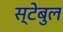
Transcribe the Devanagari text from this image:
स्टेबुल